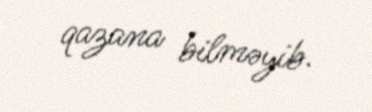
qazana bilməyib.